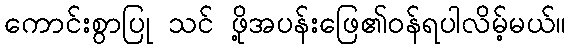
ကောင်းစွာပြု သင် ဖို့အပန်းဖြေ၏ဝန်ရပါလိမ့်မယ်။